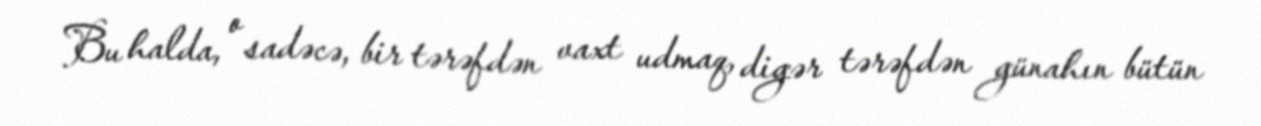
Bu halda, o sadəcə, bir tərəfdən vaxt udmaq, digər tərəfdən günahın bütün